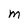
Character: M